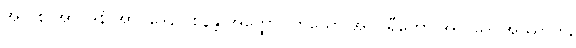
အပိ စ အာဂဒနံ အာဂဒေါ, ဝစနန္တိ အတ္ထော။ တယော အဝိပရီတော အာဂဒေါ အဿာတိ,